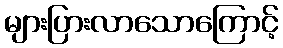
များပြားလာသောကြောင့်